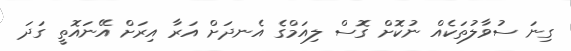
ގިނަ ސުވާލުތަކެއް ނުކޮށް ގޮސް ލިއަމްގެ އެނދަށް އަރާ އިރަށް އޭނައޮތީ ގަދަ